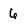
Character: 6